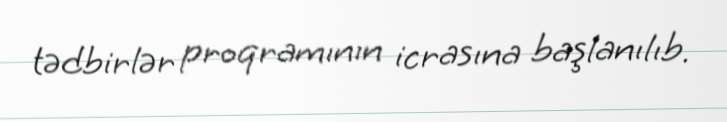
tədbirlər proqramının icrasına başlanılıb.